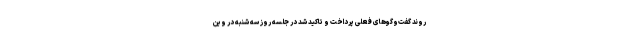
روند گفت‌وگوهای فعلی پرداخت و تاکید شد در جلسه روز سه شنبه در وین